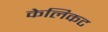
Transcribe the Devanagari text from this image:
केलिकट